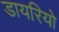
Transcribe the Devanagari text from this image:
डायरियो